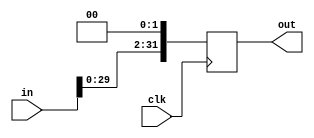
module Shift_left2_32b(in, out, clk);

    input wire [31:0] in;
    input wire clk;

    output reg [31:0] out;

    always@(posedge clk)
    begin
        out <= in << 2;
    end
endmodule